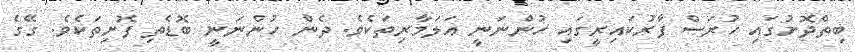
ބިތްދޮށުގައި ހުރަސް ފާރުކައިރީގައި ހުންނަނީ އަލަމާރިތަކެވެ. ދެން ހުންނަނީ ބޮޑެތި ފޮށިތަކެވެ. ގޭގެ